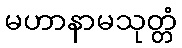
မဟာနာမသုတ္တံ